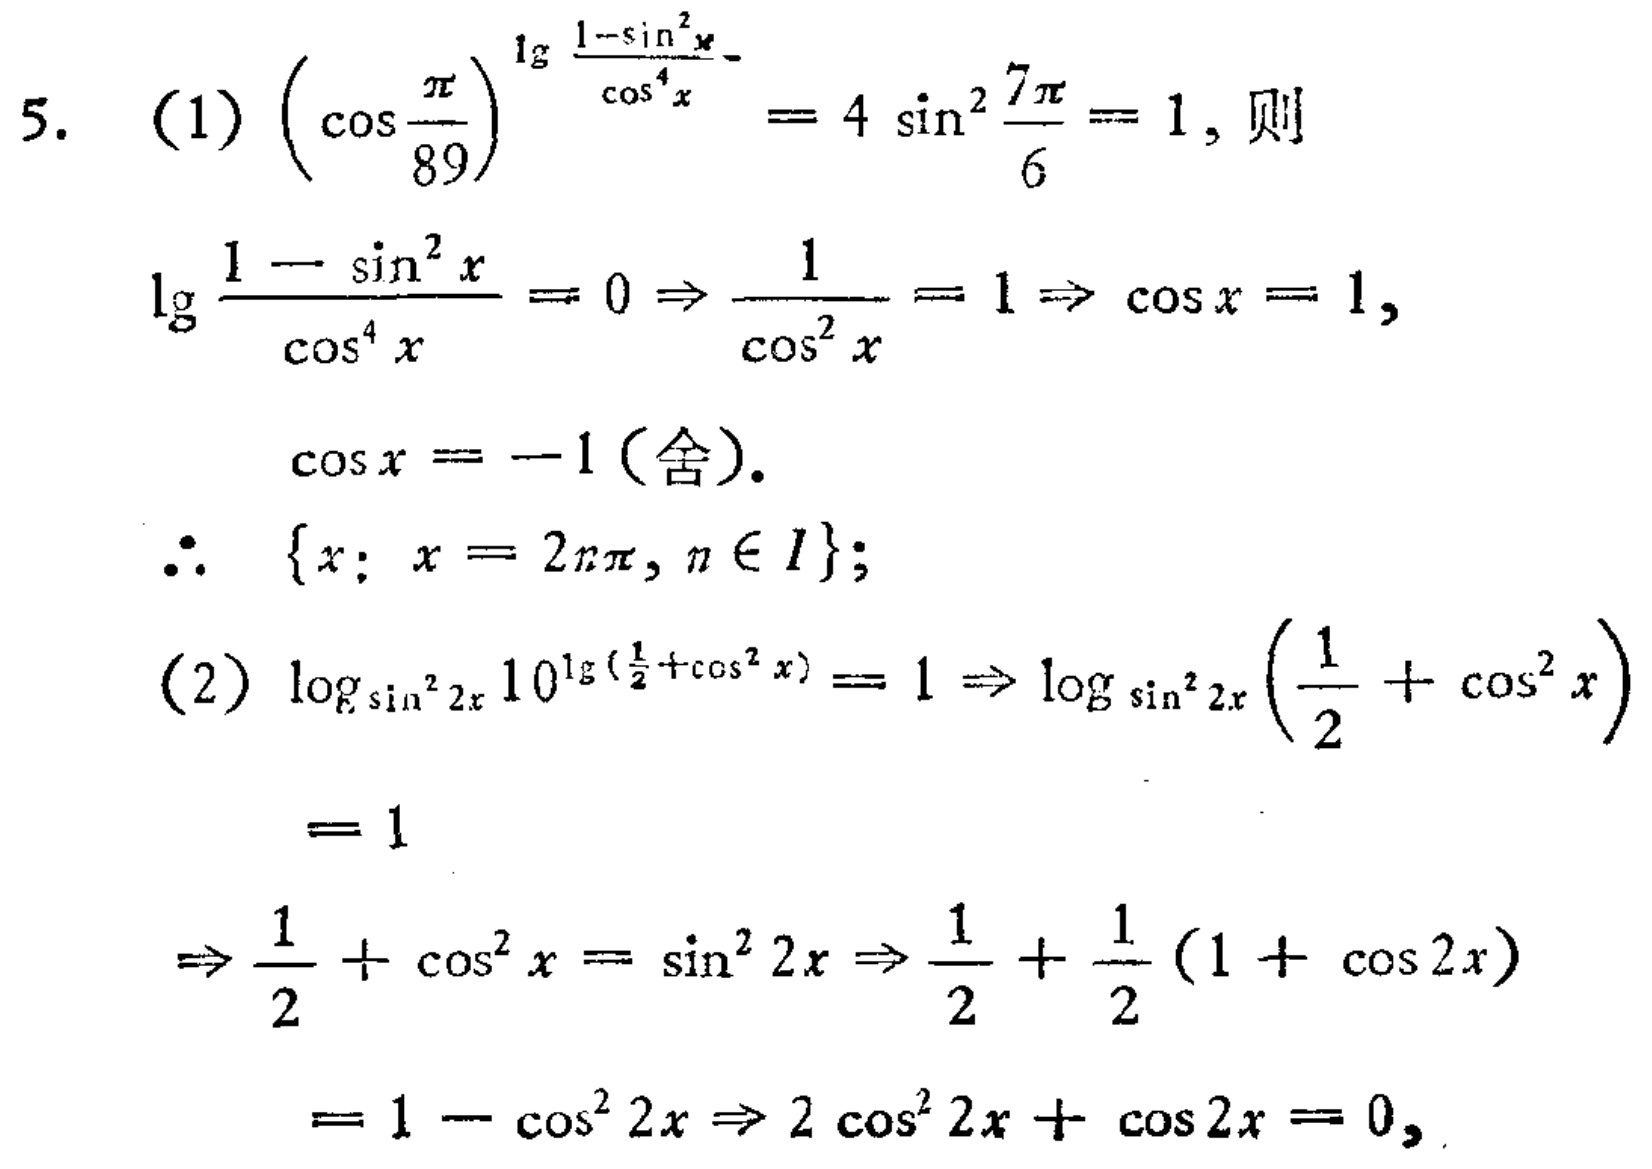
5. (1) \(\left(\cos\frac{\pi}{89}\right)^{\lg\frac{1 - \sin^{2}x}{\cos^{4}x}} = 4\sin^{2}\frac{7\pi}{6} = 1\), 则
\(\lg\frac{1 - \sin^{2}x}{\cos^{4}x}=0\Rightarrow\frac{1}{\cos^{2}x}=1\Rightarrow\cos x = 1\),
\(\cos x=-1\) (舍).
\(\therefore \{x:x = 2n\pi,n\in I\}\);
(2) \(\log_{\sin^{2}2x}10^{\lg(\frac{1}{2}+\cos^{2}x)} = 1\Rightarrow\log_{\sin^{2}2x}\left(\frac{1}{2}+\cos^{2}x\right)=1\)
\(\Rightarrow\frac{1}{2}+\cos^{2}x=\sin^{2}2x\Rightarrow\frac{1}{2}+\frac{1}{2}(1 + \cos 2x)\)
\(=1-\cos^{2}2x\Rightarrow2\cos^{2}2x+\cos 2x = 0\),